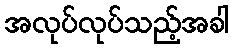
အလုပ်လုပ်သည့်အခါ